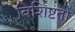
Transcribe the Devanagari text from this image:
विशिष्टतों